Annual report of the Punjab Veterinary College and of the Civil Veterinary Department, Punjab - 1920-1925
Year: 1920
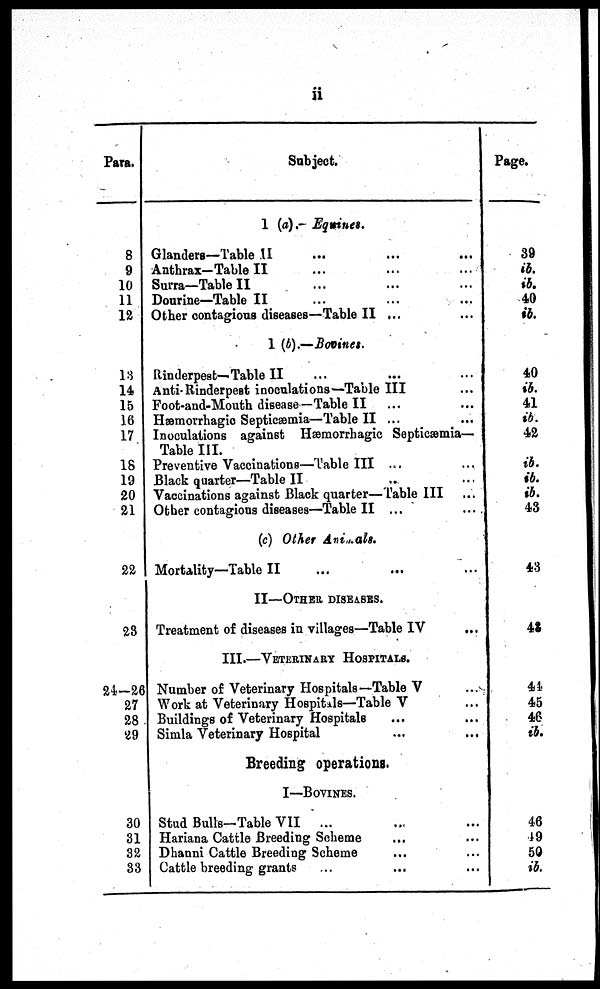
ii
Para.
8
9
10
11
12
13
14
15
16
17
18
19
20
21
22
23
24-26
27
28
29
30
31
32
33
Subject.
1 (a).- Equines.
Glanders—Table II ... ...
Anthrax-Table II ... ...
Surra—Table II ... ... ...
Dourine—Table II ... ...
Other contagious diseases—Table II ... ...
1 (A).—Bovines.
Rinderpest— Table II ... ...
Anti-Rinderpest inoculations—Table III ...
Foot-and-Mouth disease—Table II ...
Hæmorrhagio Septicæmia—Table II ...
Inoculations against Hæmorrhagic Septicæmia—
Table III.
Preventive Vaccinations—Table III ... ...
Black quarter—Table II ... ...
Vaccinations against Black quarter—Table III
Other contagious diseases—Table II ...
...
(c) Other Animals.
Mortality—Table II ... ...
II—OTHER DISEASES.
Treatment of diseases in villages—Table IV ...
III.—VETERINARY HOSPITALS.
Number of Veterinary Hospitals—Table V ...
Work at Veterinary Hospitals—Table V ...
Buildings of Veterinary Hospitals ... ...
Simla Veterinary Hospital ... ...
Breeding operations.
I—BOVINES.
Stud Bulls-Table VII
... ...
Hariana Cattle Breeding Scheme ... ...
Dhanni Cattle Breeding Scheme ... ...
Cattle breeding grants ... ... ...
Page.
39
ib.
ib. 40
ib.
40
ib.
41
ib.
42
ib.
ib.
ib.
43
43
43
44
45
46
ib.
46
19
50
ib.